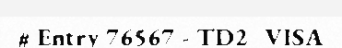
# Entry 76567 - TD2_VISA